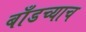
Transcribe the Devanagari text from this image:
बाँडच्याच